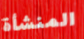
المنشأة